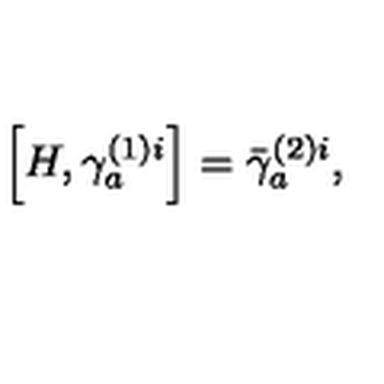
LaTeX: \left[ H , \gamma _ { a } ^ { ( 1 ) i } \right] = \bar { \gamma } _ { a } ^ { ( 2 ) i } ,